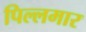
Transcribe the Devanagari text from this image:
पिल्लमार